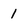
Character: 1